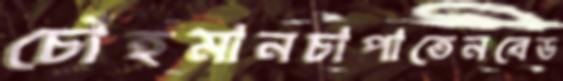
চোঁহমানচাপাতেনবেড